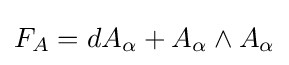
F_{A}=dA_{\alpha }+A_{\alpha }\wedge A_{\alpha }